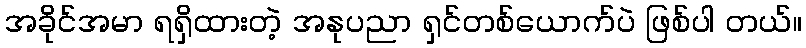
အခိုင်အမာ ရရှိထားတဲ့ အနုပညာ ရှင်တစ်ယောက်ပဲ ဖြစ်ပါ တယ်။